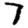
Digit: 7